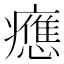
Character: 𤻮